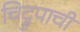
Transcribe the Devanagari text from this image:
चिद्रुपाची